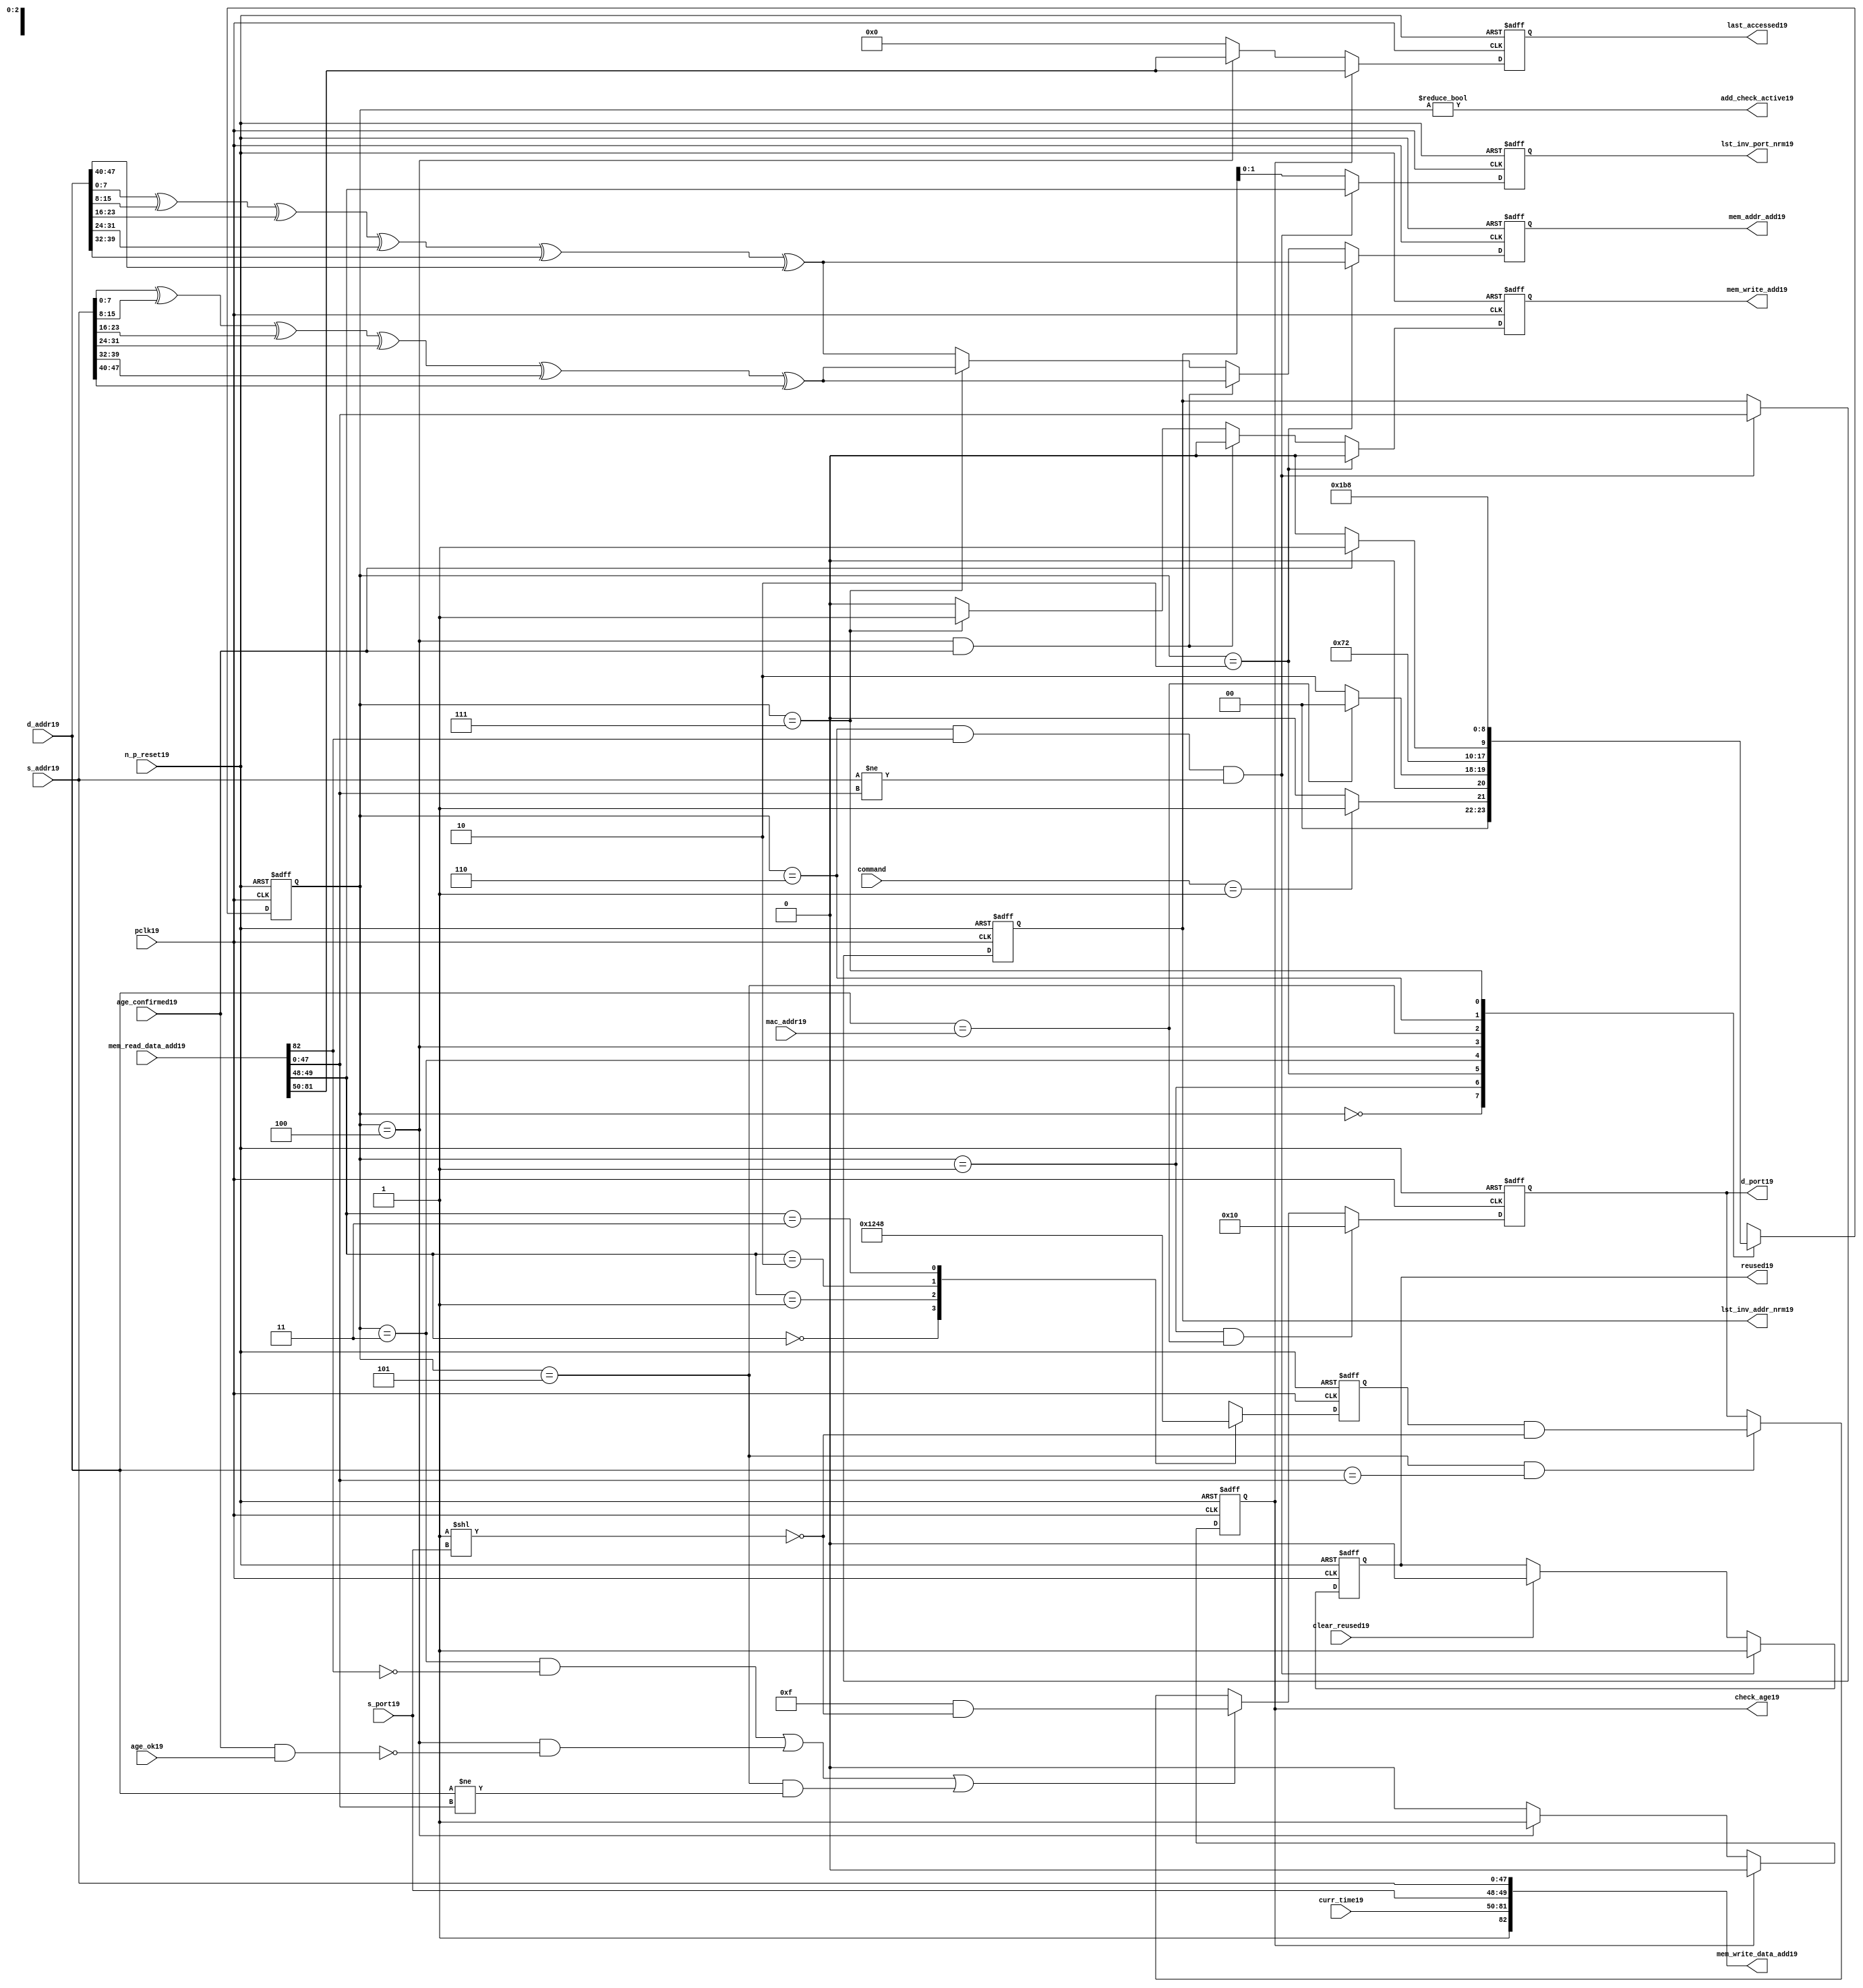
module alut_addr_checker19
(   
   // Inputs19
   pclk19,
   n_p_reset19,
   command,
   mac_addr19,
   d_addr19,
   s_addr19,
   s_port19,
   curr_time19,
   mem_read_data_add19,
   age_confirmed19,
   age_ok19,
   clear_reused19,

   //outputs19
   d_port19,
   add_check_active19,
   mem_addr_add19,
   mem_write_add19,
   mem_write_data_add19,
   lst_inv_addr_nrm19,
   lst_inv_port_nrm19,
   check_age19,
   last_accessed19,
   reused19
);



   input               pclk19;               // APB19 clock19                           
   input               n_p_reset19;          // Reset19                               
   input [1:0]         command;            // command bus                        
   input [47:0]        mac_addr19;           // address of the switch19              
   input [47:0]        d_addr19;             // address of frame19 to be checked19     
   input [47:0]        s_addr19;             // address of frame19 to be stored19      
   input [1:0]         s_port19;             // source19 port of current frame19       
   input [31:0]        curr_time19;          // current time,for storing19 in mem    
   input [82:0]        mem_read_data_add19;  // read data from mem                 
   input               age_confirmed19;      // valid flag19 from age19 checker        
   input               age_ok19;             // result from age19 checker 
   input               clear_reused19;       // read/clear flag19 for reused19 signal19           

   output [4:0]        d_port19;             // calculated19 destination19 port for tx19 
   output              add_check_active19;   // bit 0 of status register           
   output [7:0]        mem_addr_add19;       // hash19 address for R/W19 to memory     
   output              mem_write_add19;      // R/W19 flag19 (write = high19)            
   output [82:0]       mem_write_data_add19; // write data for memory             
   output [47:0]       lst_inv_addr_nrm19;   // last invalidated19 addr normal19 op    
   output [1:0]        lst_inv_port_nrm19;   // last invalidated19 port normal19 op    
   output              check_age19;          // request flag19 for age19 check
   output [31:0]       last_accessed19;      // time field sent19 for age19 check
   output              reused19;             // indicates19 ALUT19 location19 overwritten19

   reg   [2:0]         add_chk_state19;      // current address checker state
   reg   [2:0]         nxt_add_chk_state19;  // current address checker state
   reg   [4:0]         d_port19;             // calculated19 destination19 port for tx19 
   reg   [3:0]         port_mem19;           // bitwise19 conversion19 of 2bit port
   reg   [7:0]         mem_addr_add19;       // hash19 address for R/W19 to memory
   reg                 mem_write_add19;      // R/W19 flag19 (write = high19)            
   reg                 reused19;             // indicates19 ALUT19 location19 overwritten19
   reg   [47:0]        lst_inv_addr_nrm19;   // last invalidated19 addr normal19 op    
   reg   [1:0]         lst_inv_port_nrm19;   // last invalidated19 port normal19 op    
   reg                 check_age19;          // request flag19 for age19 checker
   reg   [31:0]        last_accessed19;      // time field sent19 for age19 check


   wire   [7:0]        s_addr_hash19;        // hash19 of address for storing19
   wire   [7:0]        d_addr_hash19;        // hash19 of address for checking
   wire   [82:0]       mem_write_data_add19; // write data for memory  
   wire                add_check_active19;   // bit 0 of status register           


// Parameters19 for Address Checking19 FSM19 states19
   parameter idle19           = 3'b000;
   parameter mac_addr_chk19   = 3'b001;
   parameter read_dest_add19  = 3'b010;
   parameter valid_chk19      = 3'b011;
   parameter age_chk19        = 3'b100;
   parameter addr_chk19       = 3'b101;
   parameter read_src_add19   = 3'b110;
   parameter write_src19      = 3'b111;


// -----------------------------------------------------------------------------
//   Hash19 conversion19 of source19 and destination19 addresses19
// -----------------------------------------------------------------------------
   assign s_addr_hash19 = s_addr19[7:0] ^ s_addr19[15:8] ^ s_addr19[23:16] ^
                        s_addr19[31:24] ^ s_addr19[39:32] ^ s_addr19[47:40];

   assign d_addr_hash19 = d_addr19[7:0] ^ d_addr19[15:8] ^ d_addr19[23:16] ^
                        d_addr19[31:24] ^ d_addr19[39:32] ^ d_addr19[47:40];



// -----------------------------------------------------------------------------
//   State19 Machine19 For19 handling19 the destination19 address checking process and
//   and storing19 of new source19 address and port values.
// -----------------------------------------------------------------------------
always @ (command or add_chk_state19 or age_confirmed19 or age_ok19)
   begin
      case (add_chk_state19)
      
      idle19:
         if (command == 2'b01)
            nxt_add_chk_state19 = mac_addr_chk19;
         else
            nxt_add_chk_state19 = idle19;

      mac_addr_chk19:   // check if destination19 address match MAC19 switch19 address
         if (d_addr19 == mac_addr19)
            nxt_add_chk_state19 = idle19;  // return dest19 port as 5'b1_0000
         else
            nxt_add_chk_state19 = read_dest_add19;

      read_dest_add19:       // read data from memory using hash19 of destination19 address
            nxt_add_chk_state19 = valid_chk19;

      valid_chk19:      // check if read data had19 valid bit set
         nxt_add_chk_state19 = age_chk19;

      age_chk19:        // request age19 checker to check if still in date19
         if (age_confirmed19)
            nxt_add_chk_state19 = addr_chk19;
         else
            nxt_add_chk_state19 = age_chk19; 

      addr_chk19:       // perform19 compare between dest19 and read addresses19
            nxt_add_chk_state19 = read_src_add19; // return read port from ALUT19 mem

      read_src_add19:   // read from memory location19 about19 to be overwritten19
            nxt_add_chk_state19 = write_src19; 

      write_src19:      // write new source19 data (addr and port) to memory
            nxt_add_chk_state19 = idle19; 

      default:
            nxt_add_chk_state19 = idle19;
      endcase
   end


// destination19 check FSM19 current state
always @ (posedge pclk19 or negedge n_p_reset19)
   begin
   if (~n_p_reset19)
      add_chk_state19 <= idle19;
   else
      add_chk_state19 <= nxt_add_chk_state19;
   end



// -----------------------------------------------------------------------------
//   Generate19 returned value of port for sending19 new frame19 to
// -----------------------------------------------------------------------------
always @ (posedge pclk19 or negedge n_p_reset19)
   begin
   if (~n_p_reset19)
      d_port19 <= 5'b0_1111;
   else if ((add_chk_state19 == mac_addr_chk19) & (d_addr19 == mac_addr19))
      d_port19 <= 5'b1_0000;
   else if (((add_chk_state19 == valid_chk19) & ~mem_read_data_add19[82]) |
            ((add_chk_state19 == age_chk19) & ~(age_confirmed19 & age_ok19)) |
            ((add_chk_state19 == addr_chk19) & (d_addr19 != mem_read_data_add19[47:0])))
      d_port19 <= 5'b0_1111 & ~( 1 << s_port19 );
   else if ((add_chk_state19 == addr_chk19) & (d_addr19 == mem_read_data_add19[47:0]))
      d_port19 <= {1'b0, port_mem19} & ~( 1 << s_port19 );
   else
      d_port19 <= d_port19;
   end


// -----------------------------------------------------------------------------
//   convert read port source19 value from 2bits to bitwise19 4 bits
// -----------------------------------------------------------------------------
always @ (posedge pclk19 or negedge n_p_reset19)
   begin
   if (~n_p_reset19)
      port_mem19 <= 4'b1111;
   else begin
      case (mem_read_data_add19[49:48])
         2'b00: port_mem19 <= 4'b0001;
         2'b01: port_mem19 <= 4'b0010;
         2'b10: port_mem19 <= 4'b0100;
         2'b11: port_mem19 <= 4'b1000;
      endcase
   end
   end
   


// -----------------------------------------------------------------------------
//   Set active bit of status, decoded19 off19 add_chk_state19
// -----------------------------------------------------------------------------
assign add_check_active19 = (add_chk_state19 != 3'b000);


// -----------------------------------------------------------------------------
//   Generate19 memory addressing19 signals19.
//   The check address command will be taken19 as the indication19 from SW19 that the 
//   source19 fields (address and port) can be written19 to memory. 
// -----------------------------------------------------------------------------
always @ (posedge pclk19 or negedge n_p_reset19)
   begin
   if (~n_p_reset19) 
   begin
       mem_write_add19 <= 1'b0;
       mem_addr_add19  <= 8'd0;
   end
   else if (add_chk_state19 == read_dest_add19)
   begin
       mem_write_add19 <= 1'b0;
       mem_addr_add19  <= d_addr_hash19;
   end
// Need19 to set address two19 cycles19 before check
   else if ( (add_chk_state19 == age_chk19) && age_confirmed19 )
   begin
       mem_write_add19 <= 1'b0;
       mem_addr_add19  <= s_addr_hash19;
   end
   else if (add_chk_state19 == write_src19)
   begin
       mem_write_add19 <= 1'b1;
       mem_addr_add19  <= s_addr_hash19;
   end
   else
   begin
       mem_write_add19 <= 1'b0;
       mem_addr_add19  <= d_addr_hash19;
   end
   end


// -----------------------------------------------------------------------------
//   Generate19 databus19 for writing to memory
//   Data written19 to memory from address checker will always be valid
// -----------------------------------------------------------------------------
assign mem_write_data_add19 = {1'b1, curr_time19, s_port19, s_addr19};



// -----------------------------------------------------------------------------
//   Evaluate19 read back data that is about19 to be overwritten19 with new source19 
//   address and port values. Decide19 whether19 the reused19 flag19 must be set and
//   last_inval19 address and port values updated.
//   reused19 needs19 to be implemented as read and clear
// -----------------------------------------------------------------------------
always @ (posedge pclk19 or negedge n_p_reset19)
   begin
   if (~n_p_reset19) 
   begin
      reused19 <= 1'b0;
      lst_inv_addr_nrm19 <= 48'd0;
      lst_inv_port_nrm19 <= 2'd0;
   end
   else if ((add_chk_state19 == read_src_add19) & mem_read_data_add19[82] &
            (s_addr19 != mem_read_data_add19[47:0]))
   begin
      reused19 <= 1'b1;
      lst_inv_addr_nrm19 <= mem_read_data_add19[47:0];
      lst_inv_port_nrm19 <= mem_read_data_add19[49:48];
   end
   else if (clear_reused19)
   begin
      reused19 <= 1'b0;
      lst_inv_addr_nrm19 <= lst_inv_addr_nrm19;
      lst_inv_port_nrm19 <= lst_inv_addr_nrm19;
   end
   else 
   begin
      reused19 <= reused19;
      lst_inv_addr_nrm19 <= lst_inv_addr_nrm19;
      lst_inv_port_nrm19 <= lst_inv_addr_nrm19;
   end
   end


// -----------------------------------------------------------------------------
//   Generate19 signals19 for age19 checker to perform19 in-date19 check
// -----------------------------------------------------------------------------
always @ (posedge pclk19 or negedge n_p_reset19)
   begin
   if (~n_p_reset19) 
   begin
      check_age19 <= 1'b0;  
      last_accessed19 <= 32'd0;
   end
   else if (check_age19)
   begin
      check_age19 <= 1'b0;  
      last_accessed19 <= mem_read_data_add19[81:50];
   end
   else if (add_chk_state19 == age_chk19)
   begin
      check_age19 <= 1'b1;  
      last_accessed19 <= mem_read_data_add19[81:50];
   end
   else 
   begin
      check_age19 <= 1'b0;  
      last_accessed19 <= 32'd0;
   end
   end


`ifdef ABV_ON19

// psl19 default clock19 = (posedge pclk19);

// ASSERTION19 CHECKS19
/* Commented19 out as also checking in toplevel19
// it should never be possible19 for the destination19 port to indicate19 the MAC19
// switch19 address and one of the other 4 Ethernets19
// psl19 assert_valid_dest_port19 : assert never (d_port19[4] & |{d_port19[3:0]});


// COVER19 SANITY19 CHECKS19
// check all values of destination19 port can be returned.
// psl19 cover_d_port_019 : cover { d_port19 == 5'b0_0001 };
// psl19 cover_d_port_119 : cover { d_port19 == 5'b0_0010 };
// psl19 cover_d_port_219 : cover { d_port19 == 5'b0_0100 };
// psl19 cover_d_port_319 : cover { d_port19 == 5'b0_1000 };
// psl19 cover_d_port_419 : cover { d_port19 == 5'b1_0000 };
// psl19 cover_d_port_all19 : cover { d_port19 == 5'b0_1111 };
*/
`endif


endmodule